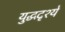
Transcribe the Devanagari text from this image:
युद्धदृश्ये